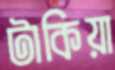
টাকিয়া